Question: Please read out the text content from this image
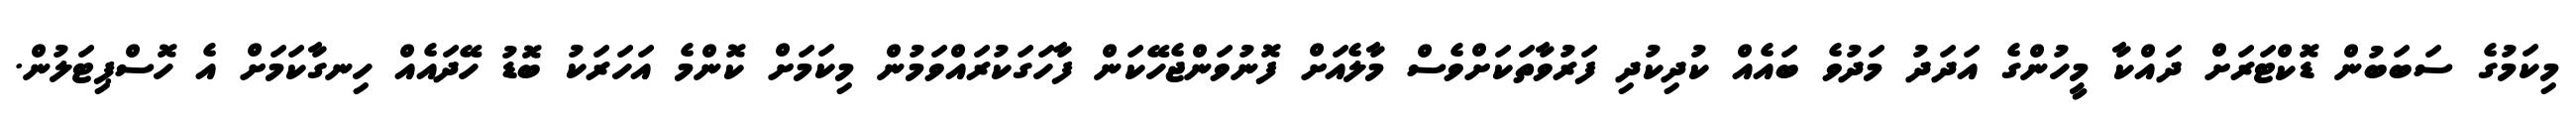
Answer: މިކަމުގެ ސަބަބުން ޑޮކްޓަރަށް ދައްކާ މީހުންގެ އަދަދު މަދުވެ ބައެއް ކުދިކުދި ފަރުވާތަކަށްވެސް މާލެއަށް ފޮނުވަންޖެހޭކަން ފާހަގަކުރައްވަމުން މިކަމަށް ކޮންމެ އަހަރަކު ބޮޑު ހޭދައެއް ހިނގާކަމަށް އެ ހޮސްޕިޓަލުން.